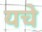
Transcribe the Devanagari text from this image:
यचे